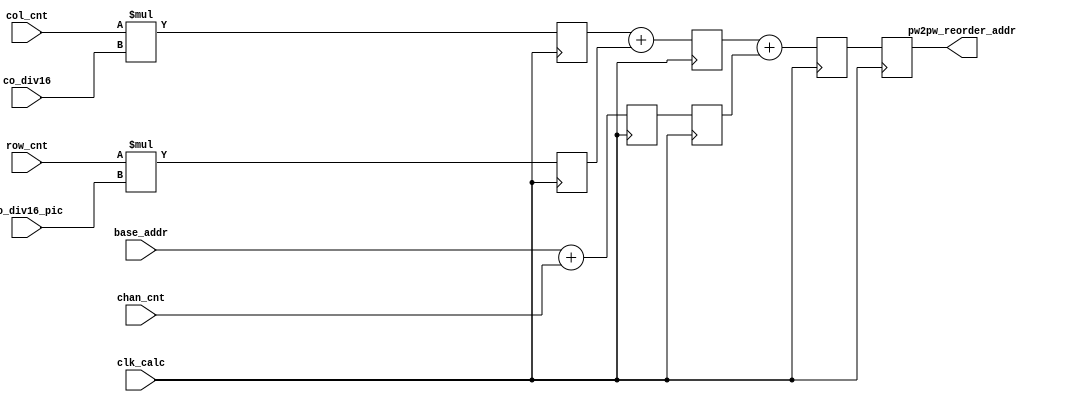
module pw2pw_reorder_addr_gen(
    input                   clk_calc            ,
    
    input [25:0]            base_addr           ,
    input [ 6:0]            co_div16           ,
    input [14:0]            co_div16_pic       ,
    
    input [ 6:0]            col_cnt             ,
    input [ 6:0]            row_cnt             ,
    input [ 6:0]            chan_cnt            ,
    
    output reg [25:0]       pw2pw_reorder_addr  
);

//pw2pw_reorder_addr = col_cnt*co_div16                                +
//                     row_cnt*co_div16*pic_size                       +
//                     chan_cnt                                         +
//                     base_addr

//
reg [13:0]                  Col_MulCoq                          ;
reg [21:0]                  Row_MulCoq_pic                      ;
reg [25:0]                  Base_AddChan                        ;

always @ (posedge clk_calc) begin 
    Col_MulCoq       <= col_cnt * co_div16                     ;
    Row_MulCoq_pic   <= row_cnt * co_div16_pic                 ;
    Base_AddChan     <= base_addr + chan_cnt                    ;
end

//
reg [22:0]                  Col_MulCoq_AddRow_MulCoq_pic        ;
reg [25:0]                  Base_AddChan_r                      ;

always @ (posedge clk_calc) begin 
    Col_MulCoq_AddRow_MulCoq_pic <= Col_MulCoq + Row_MulCoq_pic ;
    Base_AddChan_r               <= Base_AddChan                ;
end

//
reg [25:0]                  add_1                               ;       

always @ (posedge clk_calc) begin 
    add_1 <= Col_MulCoq_AddRow_MulCoq_pic + Base_AddChan_r      ;
end

//
always @ (posedge clk_calc) begin 
    pw2pw_reorder_addr <= add_1                                 ;
end

endmodule